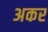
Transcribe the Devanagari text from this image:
अकर